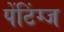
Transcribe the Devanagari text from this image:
पेंटिंग्ज